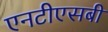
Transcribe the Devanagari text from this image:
एनटीएसबी